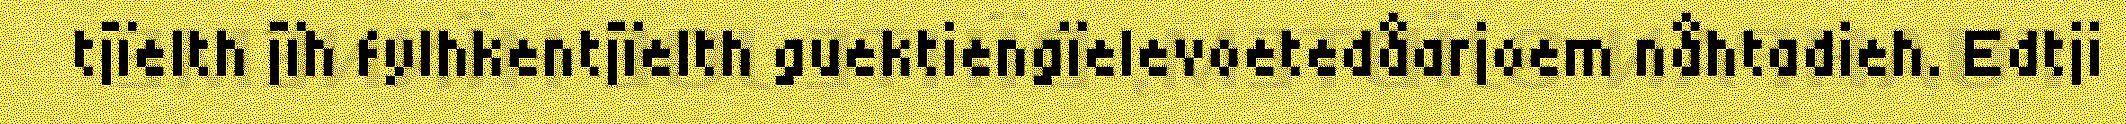
tjïelth jïh fylhkentjïelth guektiengïelevoetedåarjoem nåhtadieh. Edtji